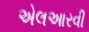
એલઆરવી